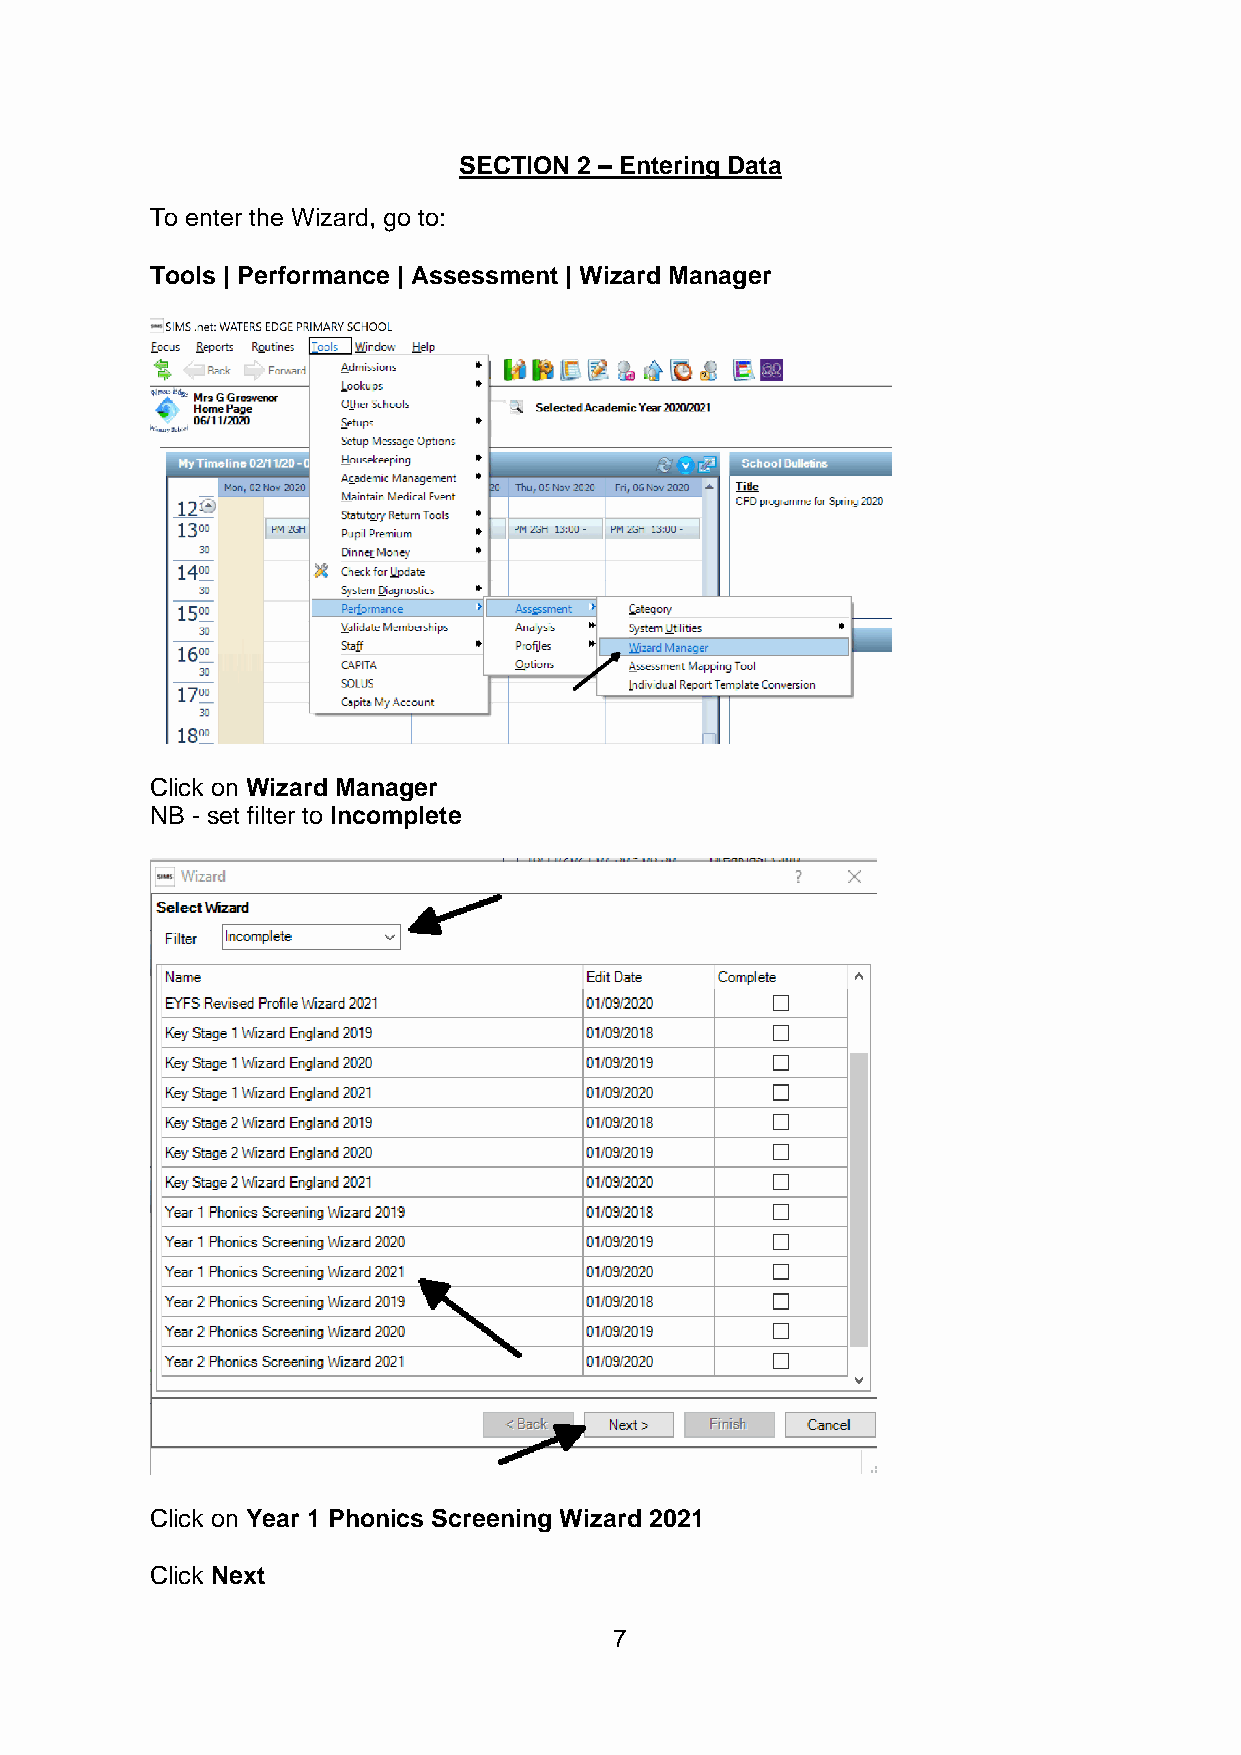
SECTION 2 – Entering Data
 To enter the Wizard, go to:
 Tools | Performance | Assessment | Wizard Manager
 Click on Wizard Manager
 NB - set filter to Incomplete
 Click on Year 1 Phonics Screening Wizard 2021
 Click Next
 7